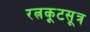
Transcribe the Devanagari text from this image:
रत्नकूटसूत्र